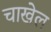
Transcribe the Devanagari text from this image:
चाखेल